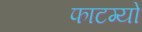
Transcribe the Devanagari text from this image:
फाटग्यो